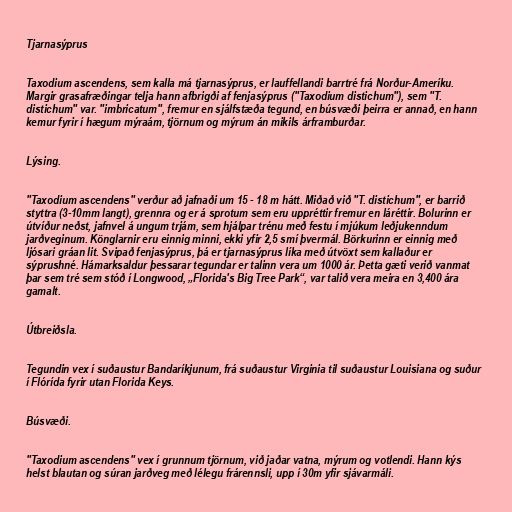
Tjarnasýprus

Taxodium ascendens, sem kalla má tjarnasýprus, er lauffellandi barrtré frá Norður-Ameríku.
Margir grasafræðingar telja hann afbrigði af fenjasýprus ("Taxodium distichum"), sem "T.
distichum" var. "imbricatum", fremur en sjálfstæða tegund, en búsvæði þeirra er annað, en hann
kemur fyrir í hægum mýraám, tjörnum og mýrum án mikils árframburðar.

Lýsing.

"Taxodium ascendens" verður að jafnaði um 15 - 18 m hátt. Miðað við "T. distichum", er barrið
styttra (3-10mm langt), grennra og er á sprotum sem eru uppréttir fremur en láréttir. Bolurinn er
útvíður neðst, jafnvel á ungum trjám, sem hjálpar trénu með festu í mjúkum leðjukenndum
jarðveginum. Könglarnir eru einnig minni, ekki yfir 2,5 smí þvermál. Börkurinn er einnig með
ljósari gráan lit. Svipað fenjasýprus, þá er tjarnasýprus líka með útvöxt sem kallaður er
sýprushné. Hámarksaldur þessarar tegundar er talinn vera um 1000 ár. Þetta gæti verið vanmat
þar sem tré sem stóð í Longwood, „Florida's Big Tree Park“, var talið vera meira en 3,400 ára
gamalt.

Útbreiðsla.

Tegundin vex í suðaustur Bandaríkjunum, frá suðaustur Virginia til suðaustur Louisiana og suður
í Flórída fyrir utan Florida Keys.

Búsvæði.

"Taxodium ascendens" vex í grunnum tjörnum, við jaðar vatna, mýrum og votlendi. Hann kýs
helst blautan og súran jarðveg með lélegu frárennsli, upp í 30m yfir sjávarmáli.